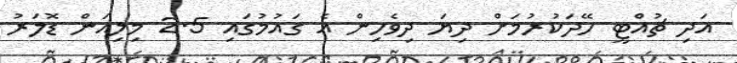
އަދި ޗުއްޓީ ހޭދަކުރުމަށް ދިޔަ ދިވެހިން އެ ގައުމުގައި 2.5 މިލިއަން ޑޮލަރު